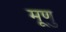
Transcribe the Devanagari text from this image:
मूणु